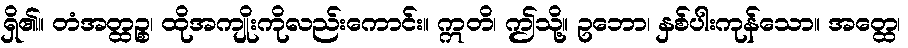
ရှိ၏။ တံအတ္ထဉ္စ၊ ထိုအကျိုးကိုလည်းကောင်း။ ဣတိ၊ ဤသို့။ ဥဘော၊ နှစ်ပါးကုန်သော။ အတ္ထေ၊